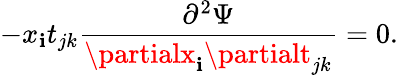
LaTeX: -x_{\mathbf{i}}t_{jk}\frac{{\partial^{2}\Psi}}{{\partialx_{\mathbf{i}}\partialt_{jk}}}=0.